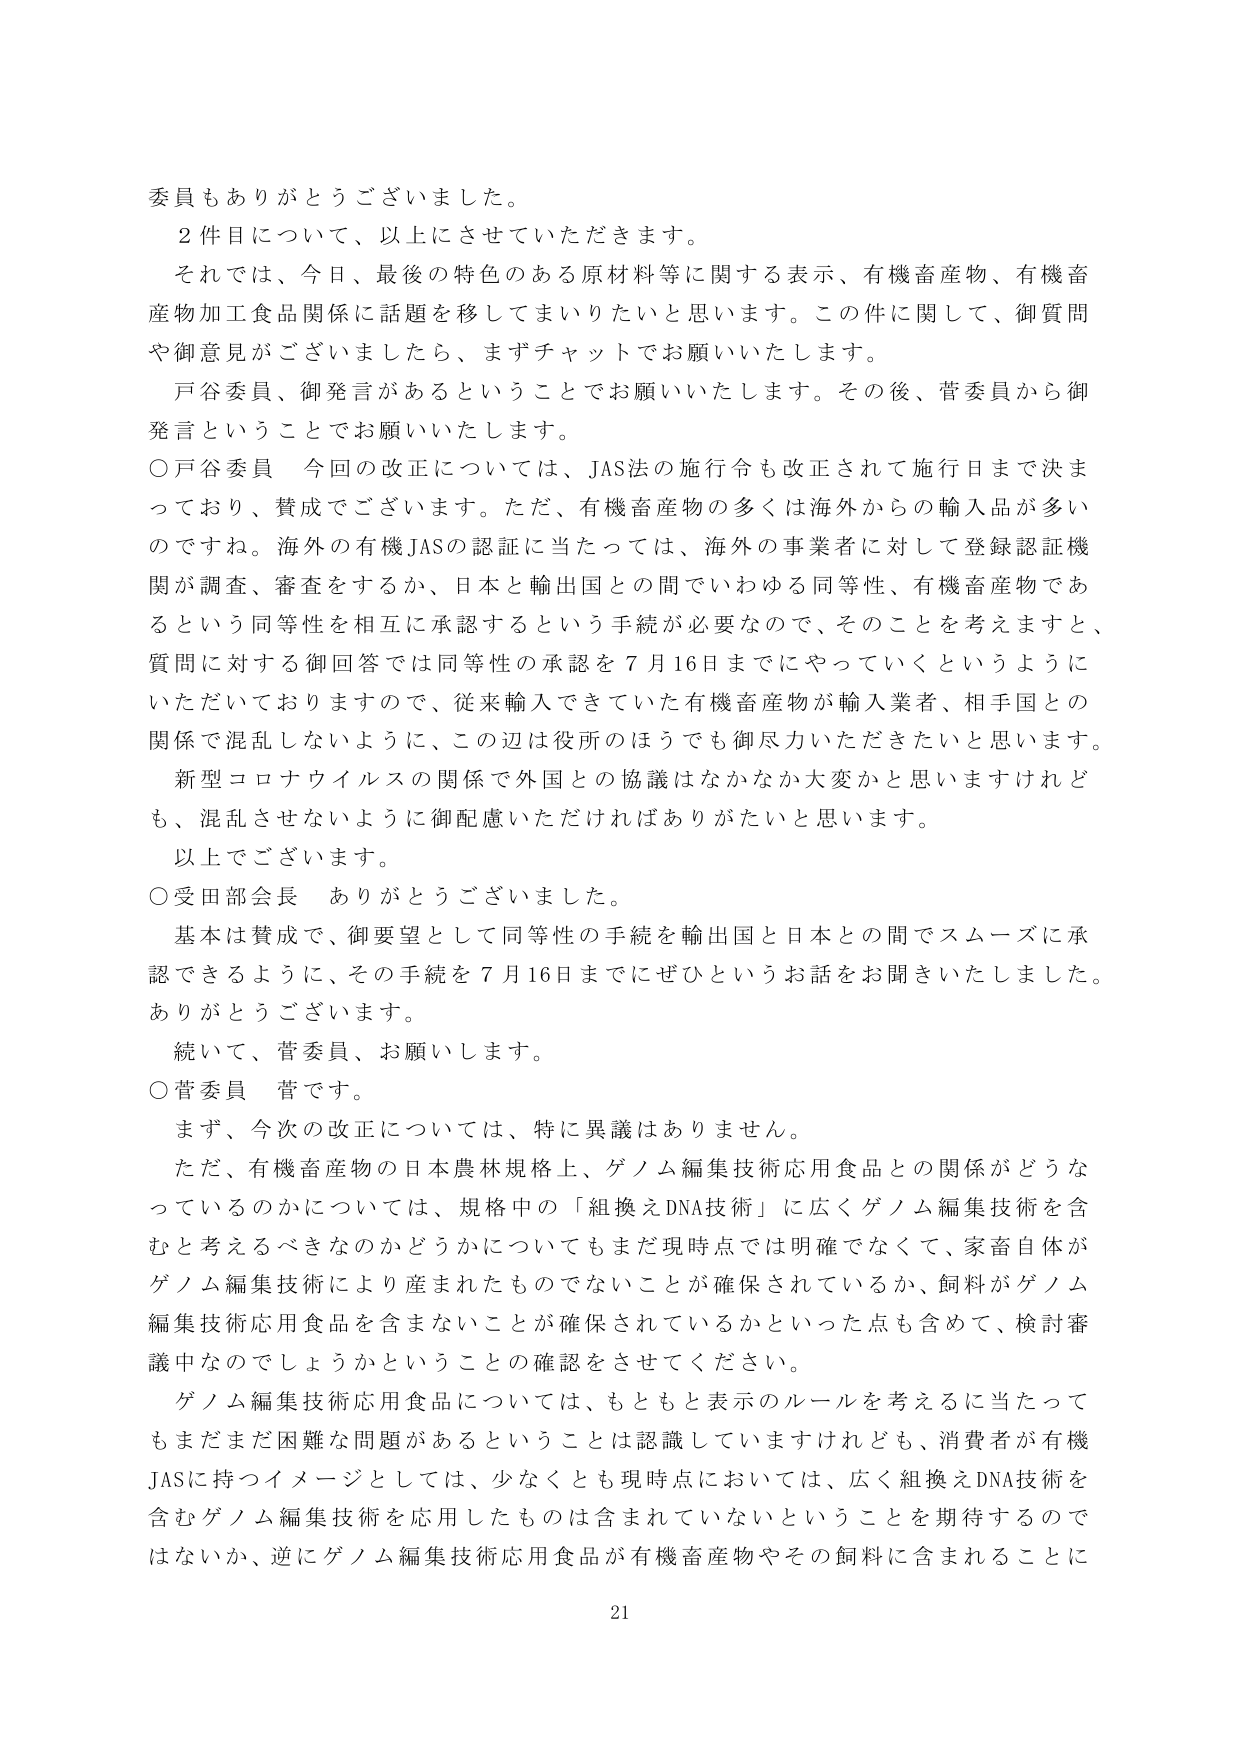
委員もありがとうございました。

２件目について、以上にさせていただきます。

それでは、今日、最後の特色のある原材料等に関する表示、有機畜産物、有機畜産物加工食品関係に話題を移してまいりたいと思います。この件に関して、御質問や御意見がございましたら、まずチャットでお願いいたします。

戸谷委員、御発言があるということでお願いいたします。その後、菅委員から御発言ということでお願いいたします。

○戸谷委員　今回の改正については、JAS法の施行令も改正されて施行日まで決まっており、賛成でございます。ただ、有機畜産物の多くは海外からの輸入品が多いのですね。海外の有機JASの認証に当たっては、海外の事業者に対して登録認証機関が調査、審査をするか、日本と輸出国との間でいわゆる同等性、有機畜産物であるという同等性を相互に承認するという手続が必要なので、そのことを考えますと、質問に対する御回答では同等性の承認を７月16日までにやっていくというようにいただいておりますので、従来輸入できていた有機畜産物が輸入業者、相手国との関係で混乱しないように、この辺は役所のほうでも御尽力いただきたいと思います。

新型コロナウイルスの関係で外国との協議はなかなか大変かと思いますけれども、混乱させないように御配慮いただければありがたいと思います。

以上でございます。

○受田部会長　ありがとうございました。

基本は賛成で、御要望として同等性の手続を輸出国と日本との間でスムーズに承認できるように、その手続を７月16日までにぜひというお話をお聞きいたしました。ありがとうございます。

続いて、菅委員、お願いします。

○菅委員　菅です。

まず、今次の改正については、特に異議はありません。

ただ、有機畜産物の日本農林規格上、ゲノム編集技術応用食品との関係がどうなっているのかについては、規格中の「組換えDNA技術」に広くゲノム編集技術を含むと考えるべきなのかどうかについてもまだ現時点では明確でなくて、家畜自体がゲノム編集技術により産まれたものでないことが確保されているか、飼料がゲノム編集技術応用食品を含まないことが確保されているかといった点も含めて、検討審議中なのでしょうかということの確認をさせてください。

ゲノム編集技術応用食品については、もともと表示のルールを考えるに当たってもまだまだ困難な問題があるということは認識していますけれども、消費者が有機JASに持つイメージとしては、少なくとも現時点においては、広く組換えDNA技術を含むゲノム編集技術を応用したものは含まれていないということを期待するのではないか、逆にゲノム編集技術応用食品が有機畜産物やその飼料に含まれることに

21